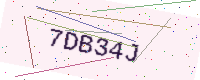
Text: 7DB34J